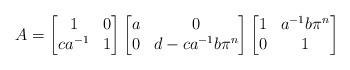
LaTeX: \begin{align*}A = \begin{bmatrix} 1 & 0 \\ ca^{-1} & 1\end{bmatrix} \begin{bmatrix} a & 0 \\ 0 & d - ca^{-1}b\pi^n \end{bmatrix} \begin{bmatrix} 1 & a^{-1}b\pi^n \\ 0 & 1 \end{bmatrix} \end{align*}